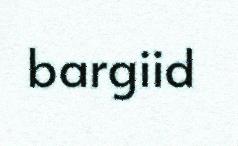
bargiid